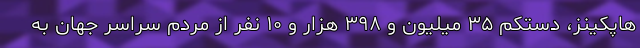
هاپکینز، دستکم ۳۵ میلیون و ۳۹۸ هزار و ۱۰ نفر از مردم سراسر جهان به